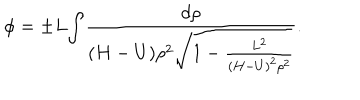
{ \phi } = { \pm } L { { \int } { \frac { d \rho } { ( H - U ) \rho ^ { 2 } { \sqrt { 1 - { \frac { L ^ { 2 } } { ( H - U ) ^ { 2 } \rho ^ { 2 } } } } } } } } .